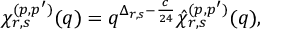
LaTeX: \chi _ { r , s } ^ { ( p , p ^ { \prime } ) } ( q ) = q ^ { \Delta _ { r , s } - \frac { c } { 2 4 } } \hat { \chi } _ { r , s } ^ { ( p , p ^ { \prime } ) } ( q ) ,